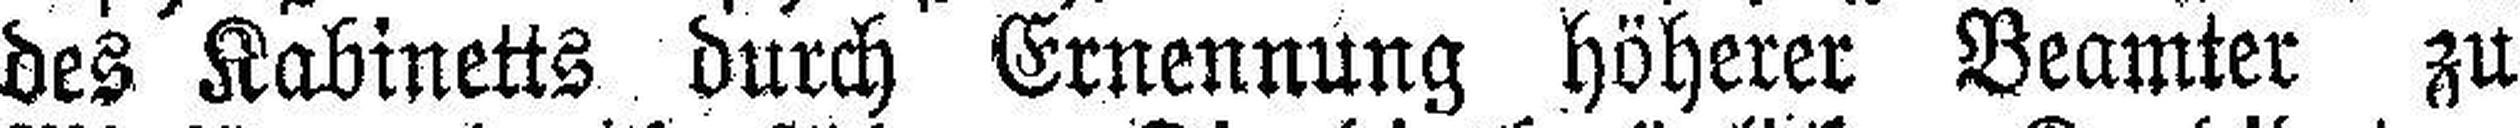
des Kabinetts durch Ernennung höherer Beamter zu